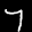
Label: 7